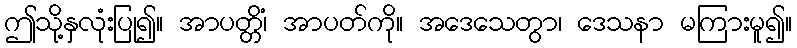
ဤသို့နှလုံးပြု၍။ အာပတ္တိံ၊ အာပတ်ကို။ အဒေသေတွာ၊ ဒေသနာ မကြားမူ၍။